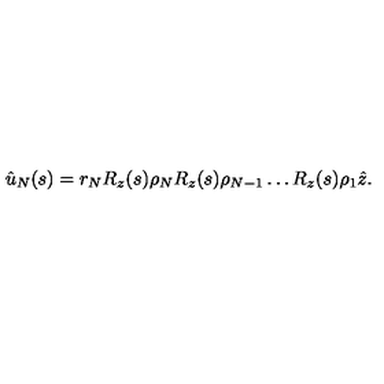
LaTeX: \hat { u } _ { N } ( s ) = r _ { N } R _ { z } ( s ) \rho _ { N } R _ { z } ( s ) \rho _ { N - 1 } \dots R _ { z } ( s ) \rho _ { 1 } \hat { z } .